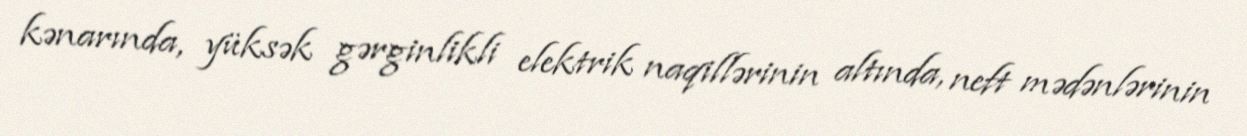
kənarında, yüksək gərginlikli elektrik naqillərinin altında, neft mədənlərinin